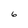
Character: 6